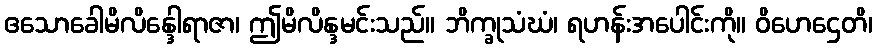
ဧသောခေါမိလိန္ဒေါရာဇာ၊ ဤမိလိန္ဒမင်းသည်။ ဘိက္ခုသံဃံ၊ ရဟန်းအပေါင်းကို။ ဝိဟေဌေတိ၊